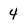
Character: 4